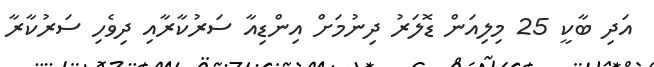
އަދި ބާކީ 25 މިލިއަން ޑޮލަރު ދިނުމަށް އިންޑިއާ ސަރުކާރާއި ދިވެހި ސަރުކާރާ